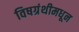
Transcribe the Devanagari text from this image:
विषग्रंथीमधून